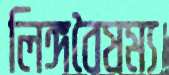
লিঙ্গবৈষম্য